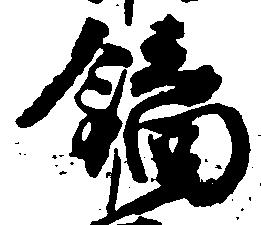
鏑